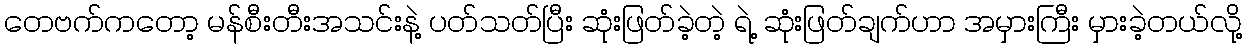
တေဗက်ကတော့ မန်စီးတီးအသင်းနဲ့ ပတ်သတ်ပြီး ဆုံးဖြတ်ခဲ့တဲ့ ရဲ့ ဆုံးဖြတ်ချက်ဟာ အမှားကြီး မှားခဲ့တယ်လို့